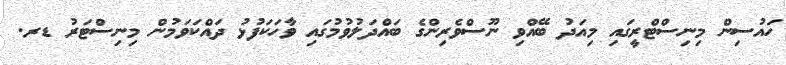
ހައުސިން މިނިސްޓްރީގައި މިއަދު ބޭއްވި ނޫސްވެރިންގެ ބައްދަލުވުމުގައި ވާހަކަފުޅު ދައްކަވަމުން މިނިސްޓަރު ޑރ.